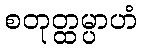
စတုတ္ထမ္ပာဟံ